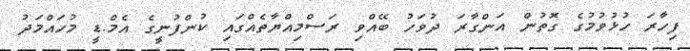
ފިހާރަ ހުޅުވުމުގެ ގޮތުން އަންގާރަ ދުވަހު ބޭއްވި ރަސްމިއްޔާތެއްގައި ކުންފުނީގެ އެމް.ޑީ މުހައްމަދު